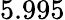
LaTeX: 5.995